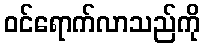
ဝင်ရောက်လာသည်ကို